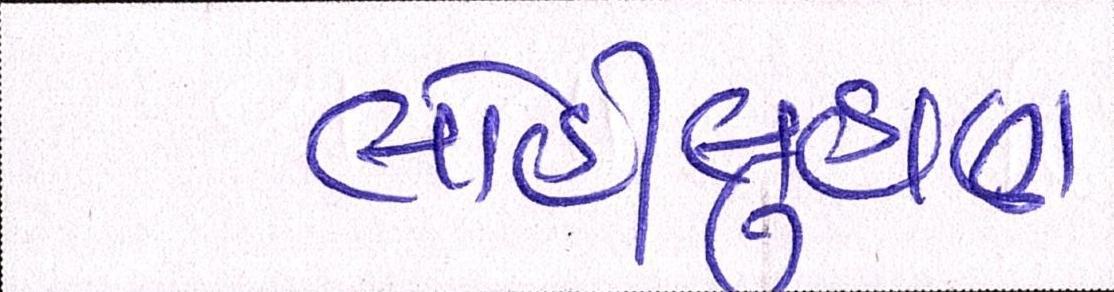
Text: લોહીલુહાણ